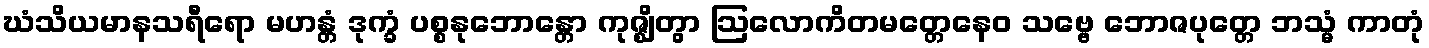
ဃံသိယမာနသရီရော မဟန္တံ ဒုက္ခံ ပစ္စနုဘောန္တော ကုဇ္ဈိတွာ ဩလောကိတမတ္တေနေဝ သဗ္ဗေ ဘောဇပုတ္တေ ဘသ္မံ ကာတုံ